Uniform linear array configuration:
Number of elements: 8
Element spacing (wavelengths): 1
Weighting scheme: blackman
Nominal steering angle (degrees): -60
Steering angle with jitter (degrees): -58.856
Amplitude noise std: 0.05
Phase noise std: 0.05

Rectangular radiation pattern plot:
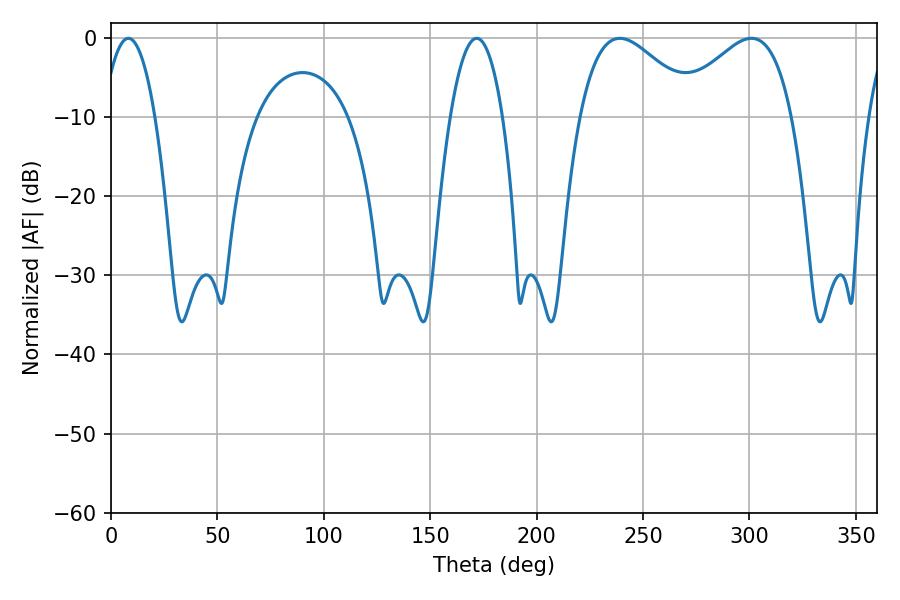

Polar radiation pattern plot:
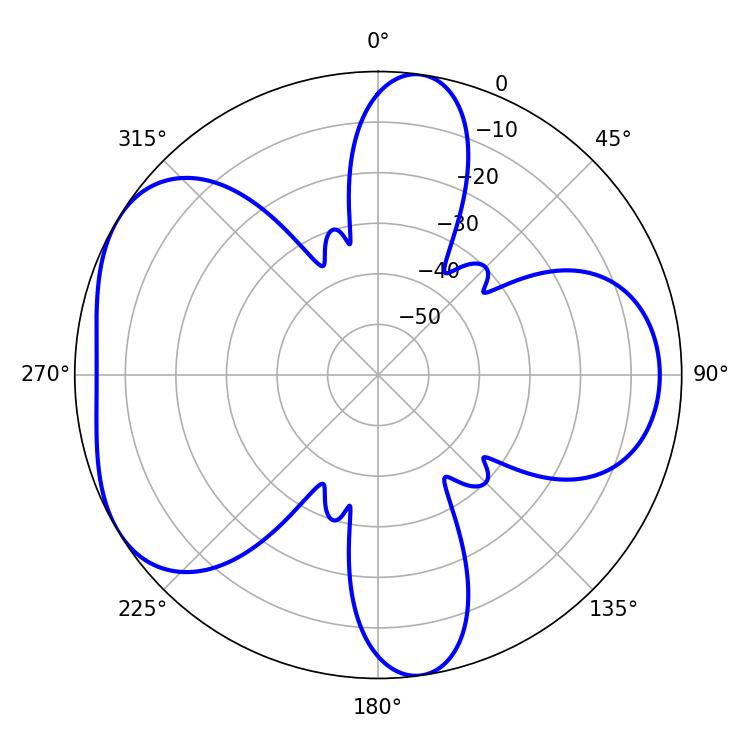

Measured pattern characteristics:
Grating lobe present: TRUE
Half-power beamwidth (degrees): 29.88
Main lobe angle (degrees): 239.04